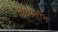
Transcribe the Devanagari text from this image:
प्लिम्प्तोन